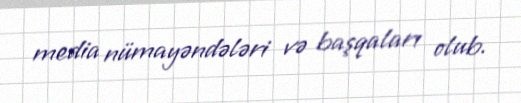
media nümayəndələri və başqaları olub.